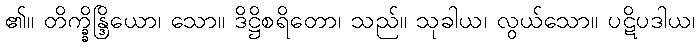
၏။ တိက္ခ္ခိန္ဒြိယော၊ သော။ ဒိဋ္ဌိစရိတော၊ သည်။ သုခါယ၊ လွယ်သော။ ပဋိပဒါယ၊